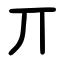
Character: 丌